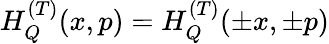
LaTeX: H_{Q}^{(T)}(x,p)=H_{Q}^{(T)}(\pm x,\pm p)